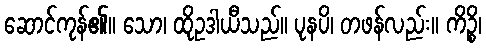
ဆောင်ကုန်၏။ သော၊ ထိုဥဒါယီသည်။ ပုနပိ၊ တဖန်လည်း။ ကိဉ္စိ၊